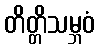
တိတ္တိသမ္ဘဝံ